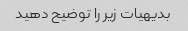
بدیهیات زیر را توضیح دهید